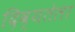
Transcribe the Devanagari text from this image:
दिव्यतेला